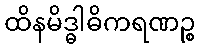
ထိနမိဒ္ဓါဓိကရဏဉ္စ